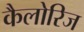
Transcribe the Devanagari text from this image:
कैलोरिज